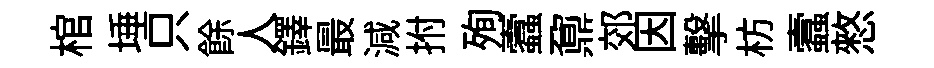
棺埵只餘人鐸最減拊殉蠧鼐郊因擊枋蠧憗